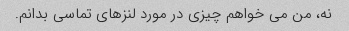
نه، من می خواهم چیزی در مورد لنزهای تماسی بدانم.